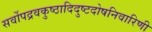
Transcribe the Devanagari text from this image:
सर्वोपद्रवकुष्ठादिदुष्टदोषनिवारिणी